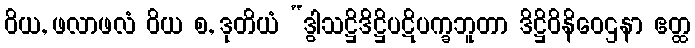
ဝိယ, ဖလာဖလံ ဝိယ စ, ဒုတိယံ “ဒွါသဋ္ဌိဒိဋ္ဌိပဋိပက္ခဘူတာ ဒိဋ္ဌိဝိနိဝေဌနာ ဧတ္ထ